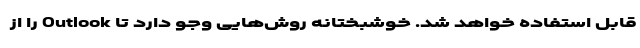
قابل استفاده خواهد شد. خوشبختانه روش‌هایی وجو دارد تا Outlook را از